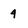
Character: 4